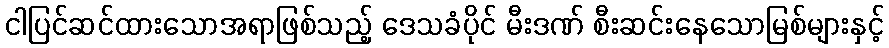
ငါပြင်ဆင်ထားသောအရာဖြစ်သည့် ဒေသခံပိုင် မီးဒဏ် စီးဆင်းနေသောမြစ်များနှင့်